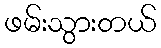
ဖမ်းသွားတယ်